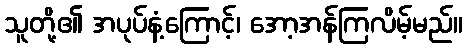
သူတို့၏ အပုပ်နံ့ကြောင့်၊ အော့အန်ကြလိမ့်မည်။